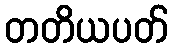
တတိယပတ်